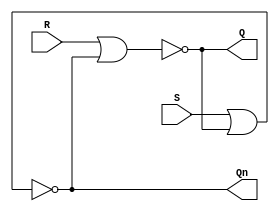
module latchSR(input  wire S, R,
               output wire Q, Qn);

    assign Q = !(R || Qn);
    assign Qn = !(S || Q);

endmodule